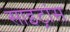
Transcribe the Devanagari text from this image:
साइट्रांस